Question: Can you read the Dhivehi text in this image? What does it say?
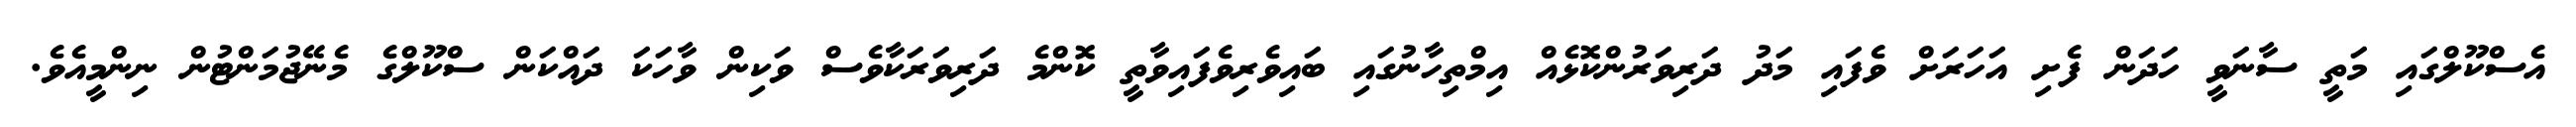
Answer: އެސްކޫލްގައި މަތީ ސާނަވީ ހަދަން ފެށި އަހަރަށް ވެފައި މަދު ދަރިވަރުންކޮޅެއް އިމްތިހާނުގައި ބައިވެރިވެފައިވާތީ ކޮންމެ ދަރިވަރަކާވެސް ވަކިން ވާހަކަ ދައްކަން ސްކޫލްގެ މެނޭޖުމަންޓުން ނިންމީއެވެ.